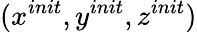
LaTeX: (x^{init},y^{init},z^{init})